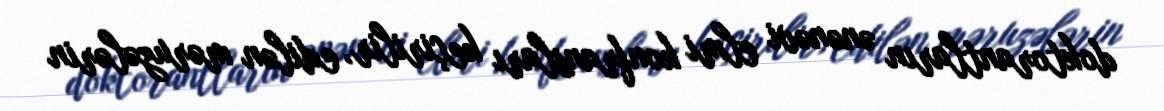
doktorantların ənənəvi elmi konfransları keçirilir, edilən məruzələrin